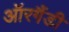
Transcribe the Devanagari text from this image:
ऑरगैंडी